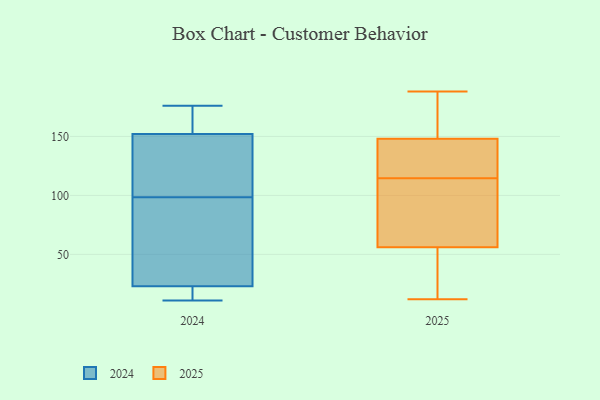
{"axis": {"x": "Backlog", "y": "Value"}, "legend": ["2024", "2025"], "data": [{"x": "", "y": 67, "type": "2025"}, {"x": "", "y": 148, "type": "2025"}, {"x": "", "y": 31, "type": "2025"}, {"x": "", "y": 128, "type": "2025"}, {"x": "", "y": 129, "type": "2025"}, {"x": "", "y": 152, "type": "2025"}, {"x": "", "y": 160, "type": "2025"}, {"x": "", "y": 188, "type": "2025"}, {"x": "", "y": 12, "type": "2025"}, {"x": "", "y": 93, "type": "2025"}, {"x": "", "y": 101, "type": "2025"}, {"x": "", "y": 129, "type": "2025"}, {"x": "", "y": 56, "type": "2025"}, {"x": "", "y": 36, "type": "2025"}, {"x": "", "y": 20, "type": "2024"}, {"x": "", "y": 139, "type": "2024"}, {"x": "", "y": 121, "type": "2024"}, {"x": "", "y": 23, "type": "2024"}, {"x": "", "y": 176, "type": "2024"}, {"x": "", "y": 35, "type": "2024"}, {"x": "", "y": 152, "type": "2024"}, {"x": "", "y": 11, "type": "2024"}, {"x": "", "y": 151, "type": "2024"}, {"x": "", "y": 29, "type": "2024"}, {"x": "", "y": 84, "type": "2024"}, {"x": "", "y": 160, "type": "2024"}, {"x": "", "y": 156, "type": "2024"}, {"x": "", "y": 23, "type": "2024"}, {"x": "", "y": 171, "type": "2024"}, {"x": "", "y": 113, "type": "2024"}, {"x": "", "y": 18, "type": "2024"}, {"x": "", "y": 41, "type": "2024"}]}